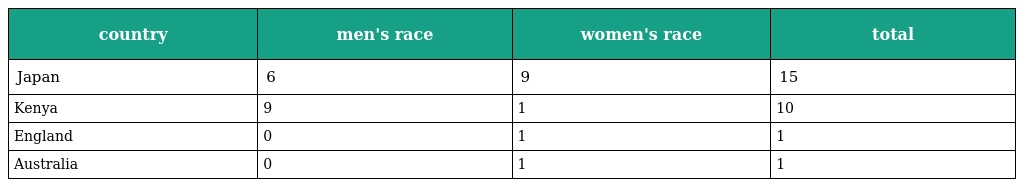
| country | men's race | women's race | total |
 | --- | --- | --- | --- |
 | Japan | 6 | 9 | 15 |
 | Kenya | 9 | 1 | 10 |
 | England | 0 | 1 | 1 |
 | Australia | 0 | 1 | 1 |